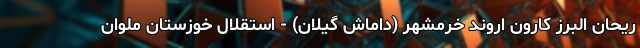
ریحان البرز کارون اروند خرمشهر (داماش گیلان) - استقلال خوزستان ملوان